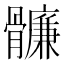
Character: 𩪬